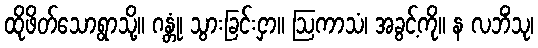
ထိုဖိတ်သောရွာသို့။ ဂန္တုံ၊ သွားခြင်းငှာ။ ဩကာသံ၊ အခွင့်ကို။ န လဘိံသု၊